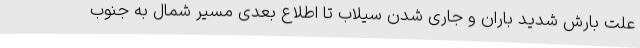
علت بارش شدید باران و جاری شدن سیلاب تا اطلاع بعدی مسیر شمال به جنوب